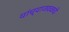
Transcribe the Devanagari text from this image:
यांच्याजवळची